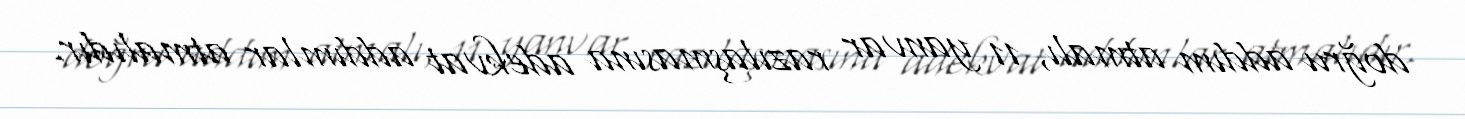
doğru addım atmalı, 11 yanvar razılaşmasına adekvat addımlar atmalıdır.